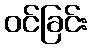
ဝင်ခြင်း